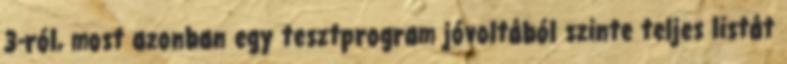
3-ról, most azonban egy tesztprogram jóvoltából szinte teljes listát